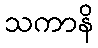
သကာနိ